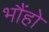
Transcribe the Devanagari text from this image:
भौंहो